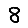
Digit: 8